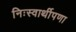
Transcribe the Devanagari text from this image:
निःस्वार्थीपणा